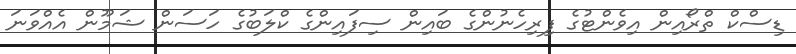
ޑިސްކް ތްރޯއިން އިވެންޓުގެ ފިރިހެނުންގެ ބައިން ސިފައިންގެ ކްލަބުގެ ހަސަން ޝަމޫން އެއްވަނަ